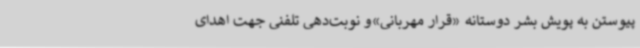
پیوستن به پویش بشر دوستانه «قرار مهربانی»و نوبت‌دهی تلفنی جهت اهدای